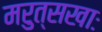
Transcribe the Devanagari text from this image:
मरुत्सखाः